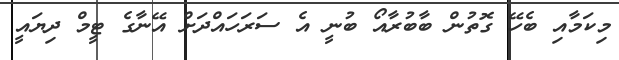
މިކަމާއި ބެހޭ ގޮތުން ބާބުރާއޯ ބުނީ އެ ސަރަހައްދަށް އޭނާގެ ޓީމް ދިޔައީ